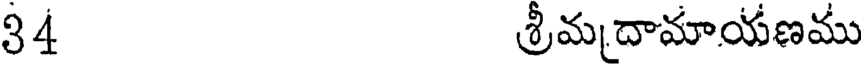
34 శ్రీమదామాయణము